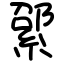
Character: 綤